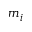
m _ { i }